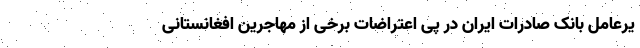
یرعامل بانک صادرات ایران در پی اعتراضات برخی از مهاجرین افغانستانی